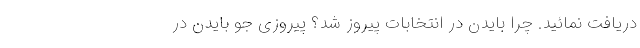
دریافت نمائید. چرا بایدن در انتخابات پیروز شد؟ پیروزی جو بایدن در